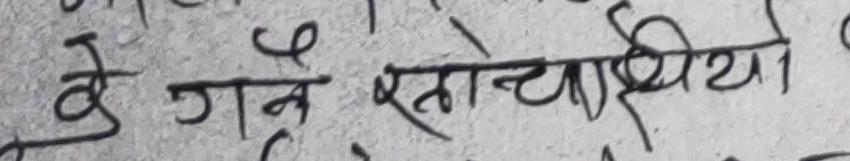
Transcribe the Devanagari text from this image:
के गर्ने र्खतोच्या थियो ।